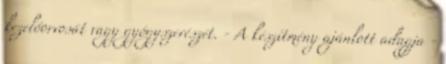
kezelőorvosát vagy gyógyszerészét. - A készítmény ajánlott adagja -